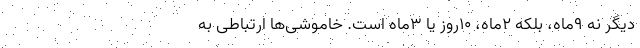
دیگر نه 9‌ماه، بلکه 2‌ماه، 10روز یا 3‌ماه است. خاموشی‌ها ارتباطی به